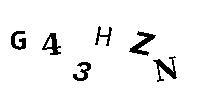
G43HZN